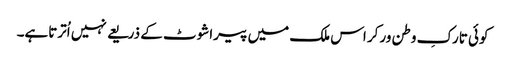
کوئی تارکِ وطن ورکر اس ملک میں پیراشوٹ کے ذریعے نہیں اُترتاہے۔